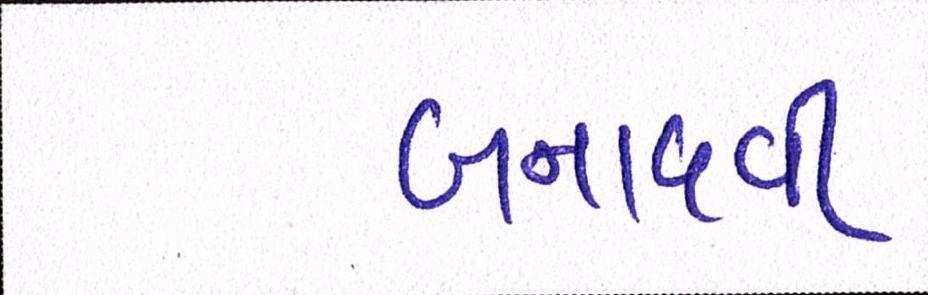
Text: બનાવવી